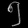
Digit: ၅